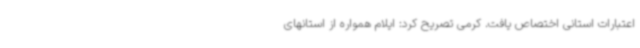
اعتبارات استانی اختصاص یافت. کرمی تصریح کرد: ایلام همواره از استانهای